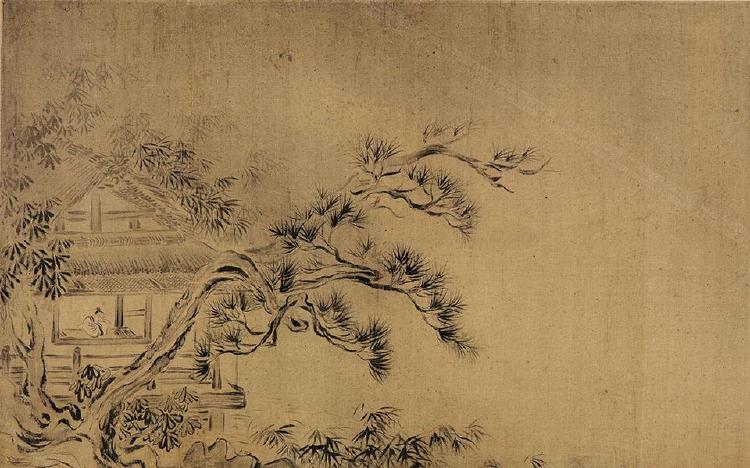
隔岸荒云远断，绕矶小树微明。